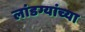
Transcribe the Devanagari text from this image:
लांडग्यांच्या